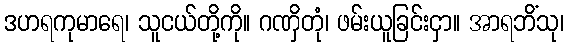
ဒဟရကုမာရေ၊ သူငယ်တို့ကို။ ဂဏှိတုံ၊ ဖမ်းယူခြင်းငှာ။ အာရဘိံသု၊